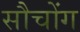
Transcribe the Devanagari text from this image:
सौचोंग